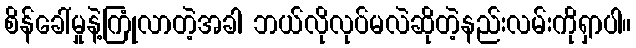
စိန်ခေါ်မှုနဲ့ကြုံလာတဲ့အခါ ဘယ်လိုလုပ်မလဲဆိုတဲ့နည်းလမ်းကိုရှာပါ။